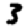
Digit: 3